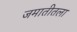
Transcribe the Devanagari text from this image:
जमातीतला